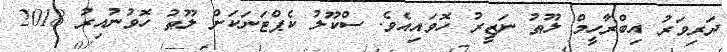
ދަރިވަރު އިބްރާހީމް ލޫޠު ނަޒީރު ހޮވައިއެވެ. ސްކޫލު ކެޕްޓަނަކަށް ލޫޠު ހޮވުނުއިރު 2018